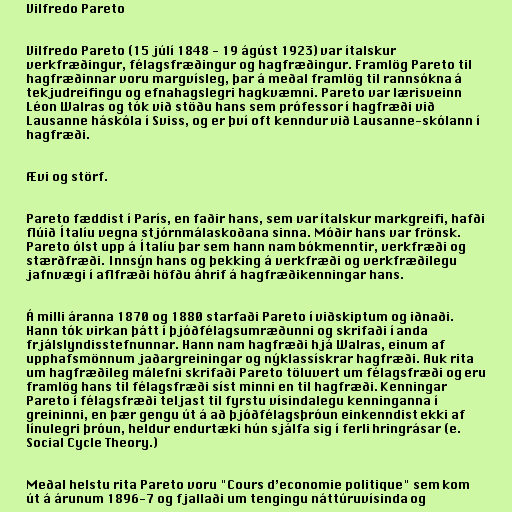
Vilfredo Pareto

Vilfredo Pareto (15 júlí 1848 - 19 ágúst 1923) var ítalskur
verkfræðingur, félagsfræðingur og hagfræðingur. Framlög Pareto til
hagfræðinnar voru margvísleg, þar á meðal framlög til rannsókna á
tekjudreifingu og efnahagslegri hagkvæmni. Pareto var lærisveinn
Léon Walras og tók við stöðu hans sem prófessor í hagfræði við
Lausanne háskóla í Sviss, og er því oft kenndur við Lausanne-skólann í
hagfræði.

Ævi og störf.

Pareto fæddist í París, en faðir hans, sem var ítalskur markgreifi, hafði
flúið Ítalíu vegna stjórnmálaskoðana sinna. Móðir hans var frönsk.
Pareto ólst upp á Ítalíu þar sem hann nam bókmenntir, verkfræði og
stærðfræði. Innsýn hans og þekking á verkfræði og verkfræðilegu
jafnvægi í aflfræði höfðu áhrif á hagfræðikenningar hans.

Á milli áranna 1870 og 1880 starfaði Pareto í viðskiptum og iðnaði.
Hann tók virkan þátt í þjóðfélagsumræðunni og skrifaði í anda
frjálslyndisstefnunnar. Hann nam hagfræði hjá Walras, einum af
upphafsmönnum jaðargreiningar og nýklassískrar hagfræði. Auk rita
um hagfræðileg málefni skrifaði Pareto töluvert um félagsfræði og eru
framlög hans til félagsfræði síst minni en til hagfræði. Kenningar
Pareto í félagsfræði teljast til fyrstu vísindalegu kenninganna í
greininni, en þær gengu út á að þjóðfélagsþróun einkenndist ekki af
línulegri þróun, heldur endurtæki hún sjálfa sig í ferli hringrásar (e.
Social Cycle Theory.)

Meðal helstu rita Pareto voru "Cours d’economie politique" sem kom
út á árunum 1896-7 og fjallaði um tengingu náttúruvísinda og